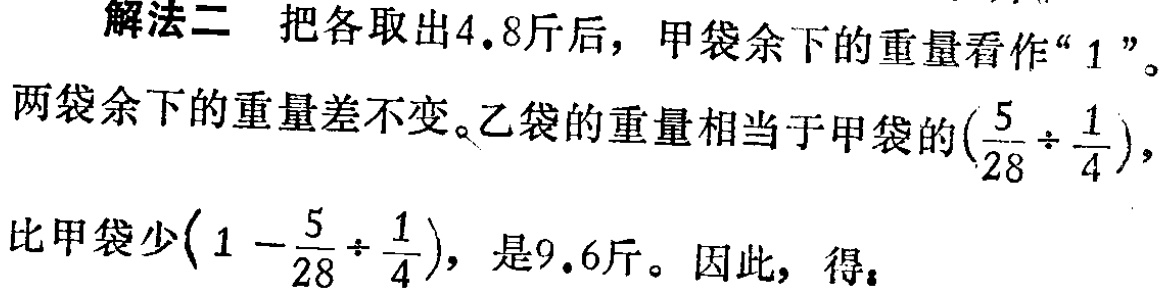
解法二 把各取出4.8斤后，甲袋余下的重量看作“1”。

两袋余下的重量差不变。乙袋的重量相当于甲袋的\((\frac{5}{28} \div \frac{1}{4})\)，

比甲袋少\((1 - \frac{5}{28} \div \frac{1}{4})\)，是9.6斤。因此，得：